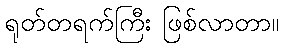
ရုတ်တရက်ကြီး ဖြစ်လာတာ။